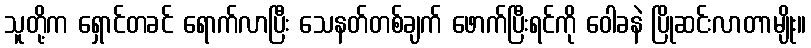
သူတို့က ရှောင်တခင် ရောက်လာပြီး သေနတ်တစ်ချက် ဖောက်ပြီးရင်ကို ဝေါခနဲ ပြိုဆင်းလာတာမျိုး။